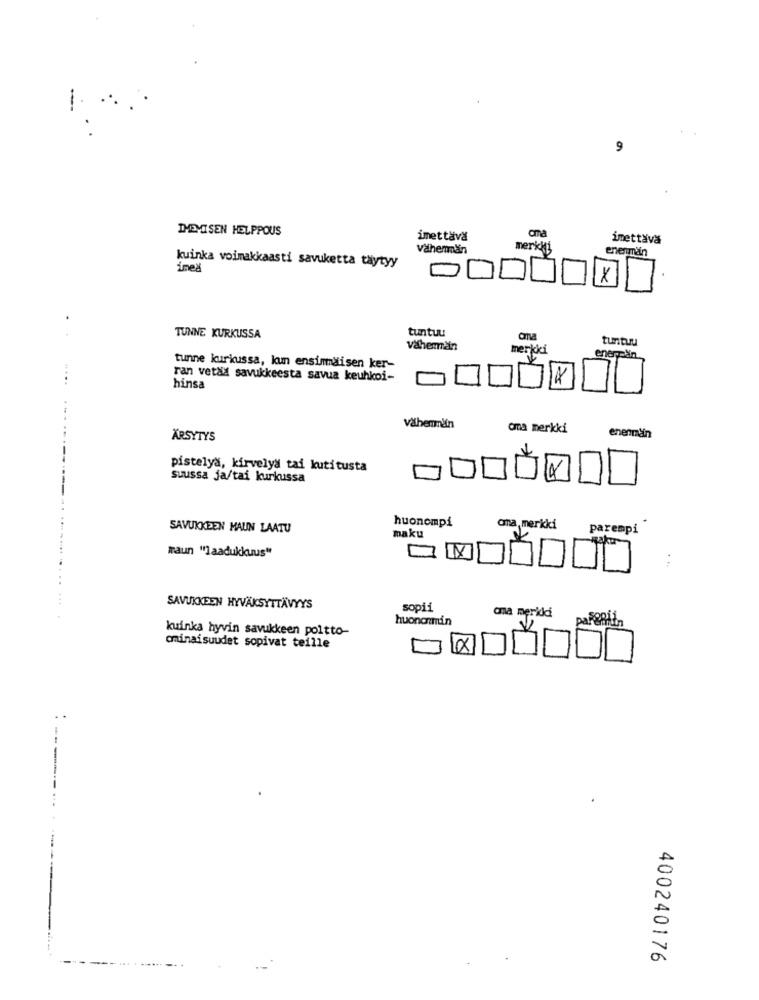
THEMISEN HELPPOUS
cma
imettava
imettava
Vähemmän
merkki
enerman
kuinka voimakkaasti savuketta taytyy
ined
tuntuu
..
TUNNE KURKUSSA
tuntuu
Väherman
merkki
enerpan
tunne kurkussa, kun ensinmaisen ker-
.....
ran vetad savukkeesta savua keuhkoi-
-
hinsa
. ..
vähemm'in
cma merkki
ÄRSYTYS
enenmain
---
pistelya, kirvelya tai kutitusta
suussa ja/tai kurkussa
huoncmpi
SAVUKKEEN MAUN LAATU
ona, merkki
parempi
maku
maun "laadukkuus"
. ..
SAVUKKEEN HYVÄKSYTTÄVYYS
sopii
oma merkki
huononmin
parentin
kuinka hyvin savukkeen poltto-
ominaisuudet sopivat teille
400240176